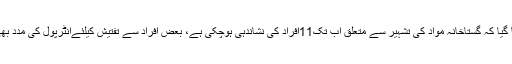
بریفنگ میں بتایا گیا کہ گستاخانہ مواد کی تشہیر سے متعلق اب تک11افراد کی نشاندہی ہوچکی ہے، بعض افراد سے تفتیش کیلئےانٹرپول کی مدد بھی لی جارہی ہے۔